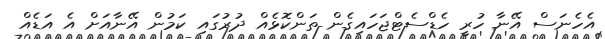
އެހެނަސް އޭނާ ހުރީ ހެޑްސެޓްޖަހައިގެން ތަންކޮޅެއް ދުރުގައި ކަމުން އޭނާއަށް އެ އަޑެއް